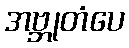
အဗ္ဘုတံပေ